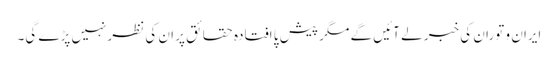
ایران و توران کی خبر لے آئیں گے مگر پیش پا افتادہ حقائق پر ان کی نظرنہیں پڑے گی۔